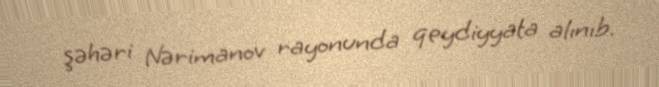
şəhəri Nərimanov rayonunda qeydiyyata alınıb.